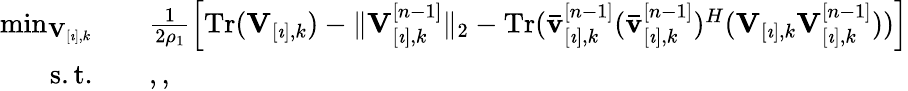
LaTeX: \begin{array}{rl}{\operatorname*{min}_{\mathbf{V}_{[\imath],k}}\quad}&{\frac{1}{2\rho_{1}}\left[\mathrm{Tr}(\mathbf{V}_{[\imath],k})-\| \mathbf{V}_{[\imath],k}^{[n-1]}\| _{2}-\mathrm{Tr}(\mathbf{\bar{v}}_{[\imath],k}^{[n-1]}(\mathbf{\bar{v}}_{[\imath],k}^{[n-1]})^{H}(\mathbf{V}_{[\imath],k}\mathbf{V}_{[\imath],k}^{[n-1]}))\right]}\\ {\mathrm{s.t.}\quad}&{,,}\end{array}